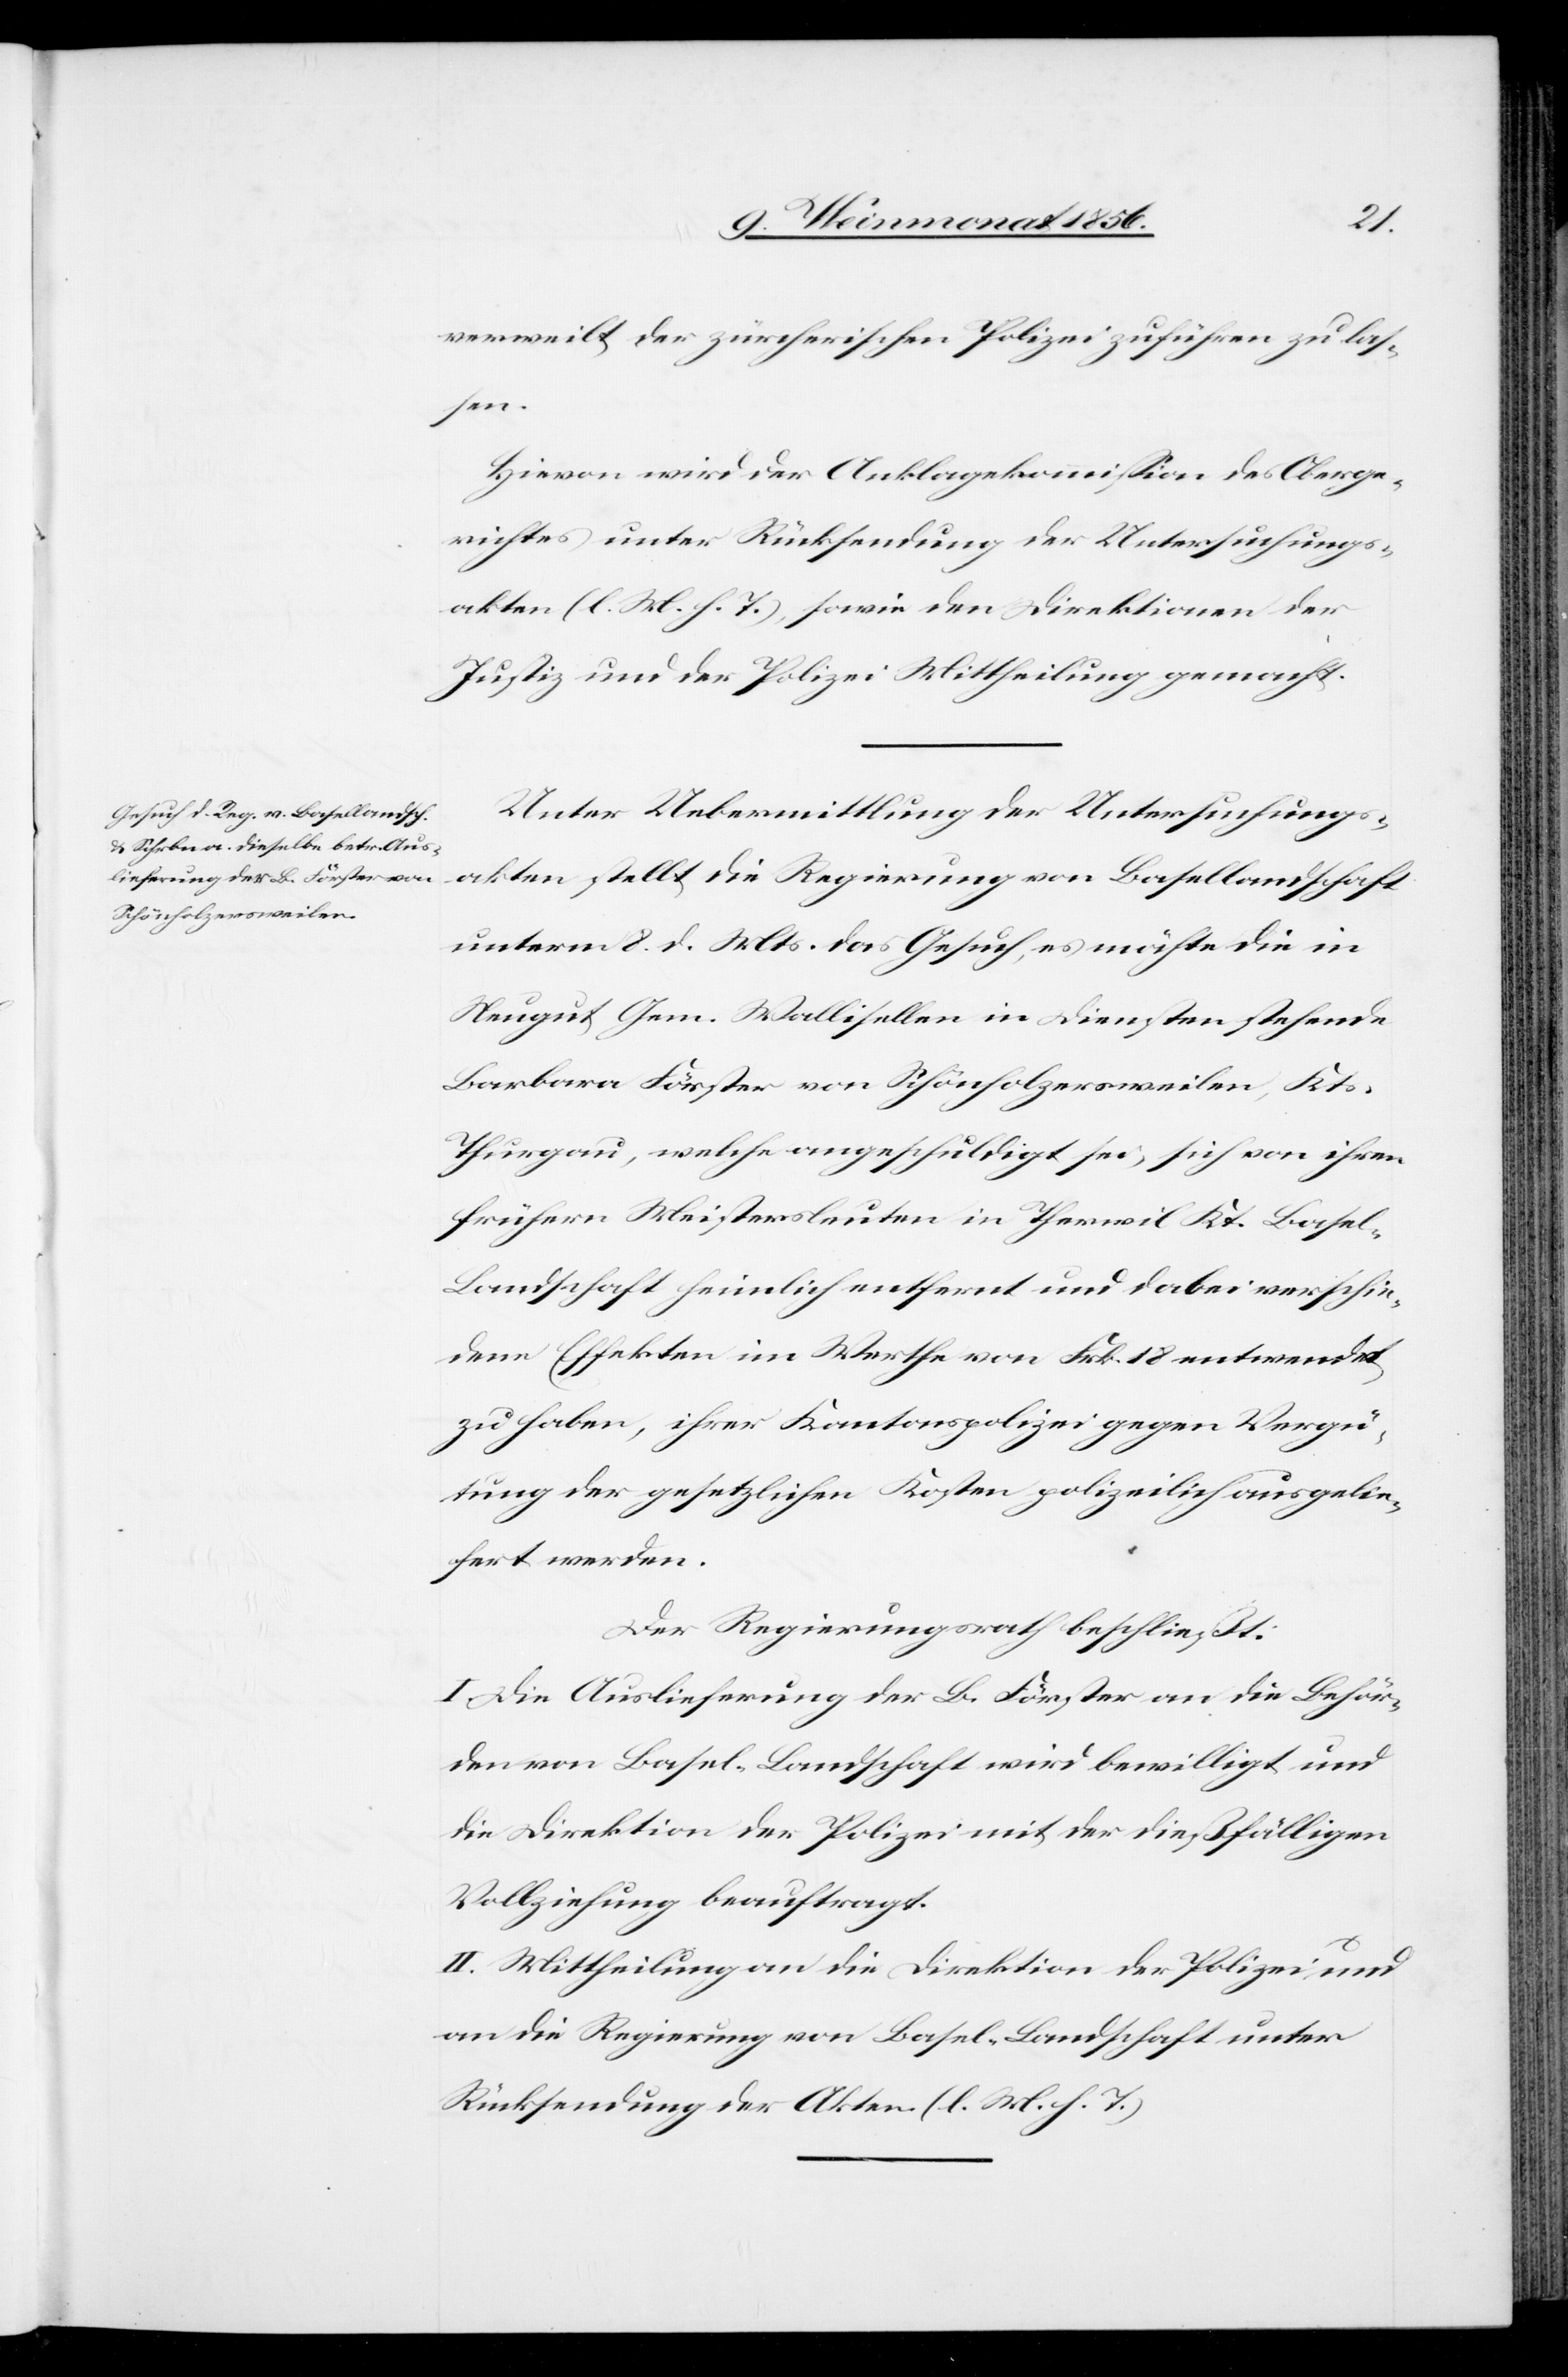
verweilt der zürcherischen Polizei zuführen zu las¬
sen.
Hievon wird der Anklagekommission des Oberge¬
richtes unter Rücksendung der Untersuchungs¬
akten (l. M. h. T.), sowie den Direktionen der
Justiz und der Polizei Mittheilung gemacht.
Unter Uebermittlung der Untersuchungs¬
akten stellt die Regierung von Basellandschaft
unterm 8. d. Mts. das Gesuch, es möchte die in
Neugut Gem. Wallisellen in Diensten stehende
Barbara Förster von Schönholzersweilen, Kts
Thurgau, welche angeschuldigt sei, sich von ihren
frühern Meistersleuten in Therwil Kt. Basel-L¬
andschaft heimlich entfernt und dabei verschie¬
dene Effekten im Werthe von Frk. 18 entwendet
zu haben, ihrer Kantonspolizei gegen Vergü¬
tung der gesetzlichen Kosten polizeilich ausgelie¬
fert werden.
Der Regierungsrath beschließt:
I. Die Auslieferung der B. Förster an die Behör¬
den von Basel-Landschaft wird bewilligt und
die Direktion der Polizei mit der dießfälligen
Vollziehung beauftragt.
II. Mittheilung an die Direktion der Polizei und
an die Regierung von Basel-Landschaft unter
Rücksendung der Akten. (l. M. h. T.)